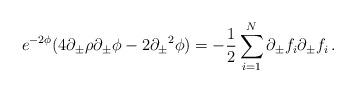
LaTeX: \begin{align*}e^{-2 \phi} ( 4 \partial_{\pm} \rho \partial_{\pm} \phi - 2 {\partial_{\pm}}^2 \phi ) = -{1\over 2} \sum_{i=1}^N\partial_{\pm} f_i \partial_{\pm} f_i\,.\end{align*}